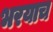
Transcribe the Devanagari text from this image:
भरयाच